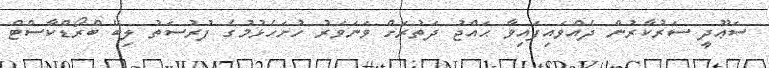
ސަޢޫދީ ސަރުކާރުން ދެއްވައިފައިވާ ޙައްޖު ދަތުރަށް ވަނަވަރު ހުށަހެޅުމުގެ ފުރުސަތު ލިބޭ ބްރޯޑްކާސްޓް